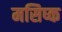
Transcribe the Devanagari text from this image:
मसिष्क